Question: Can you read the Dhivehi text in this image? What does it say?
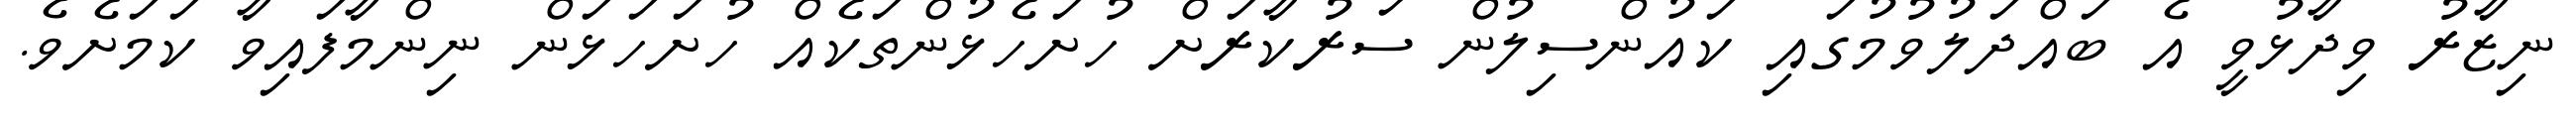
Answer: ނިޒާރު ވިދާޅުވީ އެ ބައްދަލުވުމުގައި ކައުންސިލުން ސަރުކާރަށް ހުށަހެޅުންތަކެއް ހުށަހަޅަން ނިންމާފައިވާ ކަމަށެވެ.